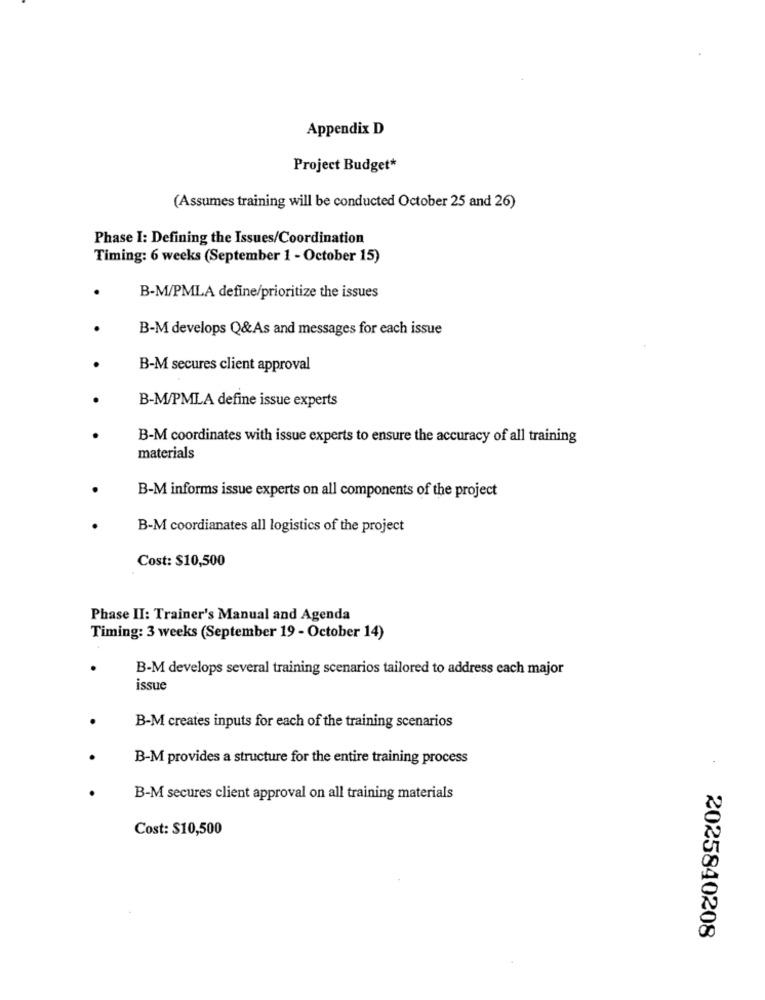
Appendix D
Project Budget*
(Assumes training will be conducted October 25 and 26)
Phase I: Defining the Issues/Coordination
Timing: 6 weeks (September 1 - October 15)
B-M/PMLA define/prioritize the issues
B-M develops Q&As and messages for each issue
B-M secures client approval
B-M/PMLA define issue experts
B-M coordinates with issue experts to ensure the accuracy of all training
materials
B-M informs issue experts on all components of the project
B-M coordianates all logistics of the project
Cost: $10,500
Phase II: Trainer's Manual and Agenda
Timing: 3 weeks (September 19 - October 14)
B-M develops several training scenarios tailored to address each major
issue
B-M creates inputs for each of the training scenarios
.
B-M provides a structure for the entire training process
B-M secures client approval on all training materials
Cost: $10,500
2025840208